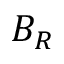
B _ { R }